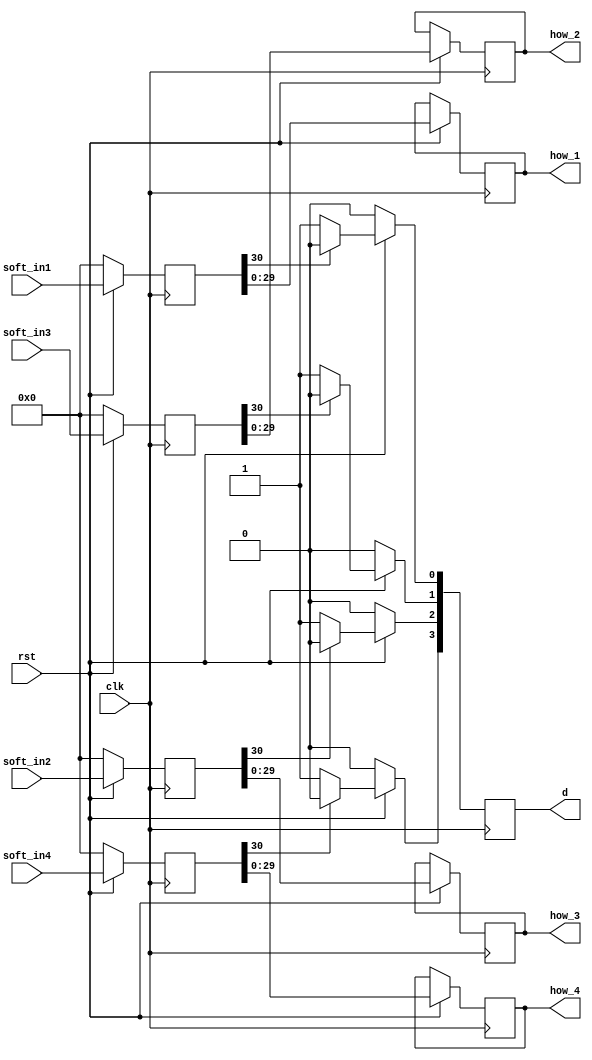
`timescale 1ns / 1ps


module inter_d2(
    input clk,
	 input rst,
	 input[30:0] soft_in1,
	 input[30:0] soft_in2,
	 input[30:0] soft_in3,
	 input[30:0] soft_in4,
	 output[29:0] how_1,
	 output[29:0] how_2,
	 output[29:0] how_3,
	 output[29:0] how_4,
	 output[3:0] d
    );
reg[30:0] s1_m;
reg[30:0] s2_m;
reg[30:0] s3_m;
reg[30:0] s4_m;
reg[29:0] how1;
reg[29:0] how2;
reg[29:0] how3;
reg[29:0] how4;
reg[3:0] d_m;

assign d = d_m;
assign how_1 = how1;
assign how_2 = how2;
assign how_3 = how3;
assign how_4 = how4;

always @(posedge clk)
 begin
  if(!rst)
   begin
	 s1_m<=0;
	 s2_m<=0;
	 s3_m<=0;
	 s4_m<=0;
	end
  else
   begin
	 s1_m<=soft_in1;
	 s2_m<=soft_in3;
	 s3_m<=soft_in2;
	 s4_m<=soft_in4;
	end
end

always @(posedge clk)
begin
 if(!rst)
  begin
   d_m<=0;
  end
 else
  begin
   if(s1_m[30]==0)          //0110
	 begin
	  d_m[0]<=1;
	  how1<=s1_m[29:0];      //
	 end
	else
	 begin
	  d_m[0]<=0;
	  how1<=s1_m[29:0];
	 end
	 if(s2_m[30]==0)
	  begin
	   d_m[1]<=1;
		how2<=s2_m[29:0];
	  end
	 else
	  begin
	   d_m[1]<=0;
		how2<=s2_m[29:0];
	  end
	 if(s3_m[30]==0)
	  begin
	   d_m[2]<=1;
		how3<=s3_m[29:0];
	  end
	 else
	  begin
	   d_m[2]<=0;
		how3<=s3_m[29:0];
	  end
	 if(s4_m[30]==0)
	  begin
	   d_m[3]<=1;
		how4<=s4_m[29:0];
	  end
	 else
	  begin
	   d_m[3]<=0;
		how4<=s4_m[29:0];
	  end
  end
end

endmodule